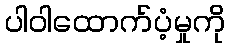
ပါဝါထောက်ပံ့မှုကို